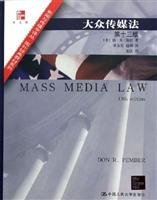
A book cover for Mass Media Law (Chinese Edition 13th Edition) (Paperback); TANG ?R ?PENG BO; Law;